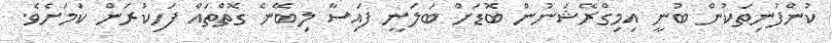
ކުންފުނިތަކުން ބުނީ އިމިގްރޭޝަނުން ބޮޑަށް ބަލަނީ ފައިސާ ލިބޭނެ ގޮތްތައް ފަހިކުރަން ކަމަށެވެ.